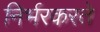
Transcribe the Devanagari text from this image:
निर्भरकरते